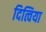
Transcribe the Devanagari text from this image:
दित्विया